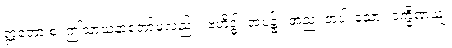
ဣတော စ၊ ဤသာသနာတော်မှလည်း။ ဗဟိဒ္ဓါ၊ အပ၌။ အညံ၊ တပါးသော။ ဒက္ခိဏယျံ၊